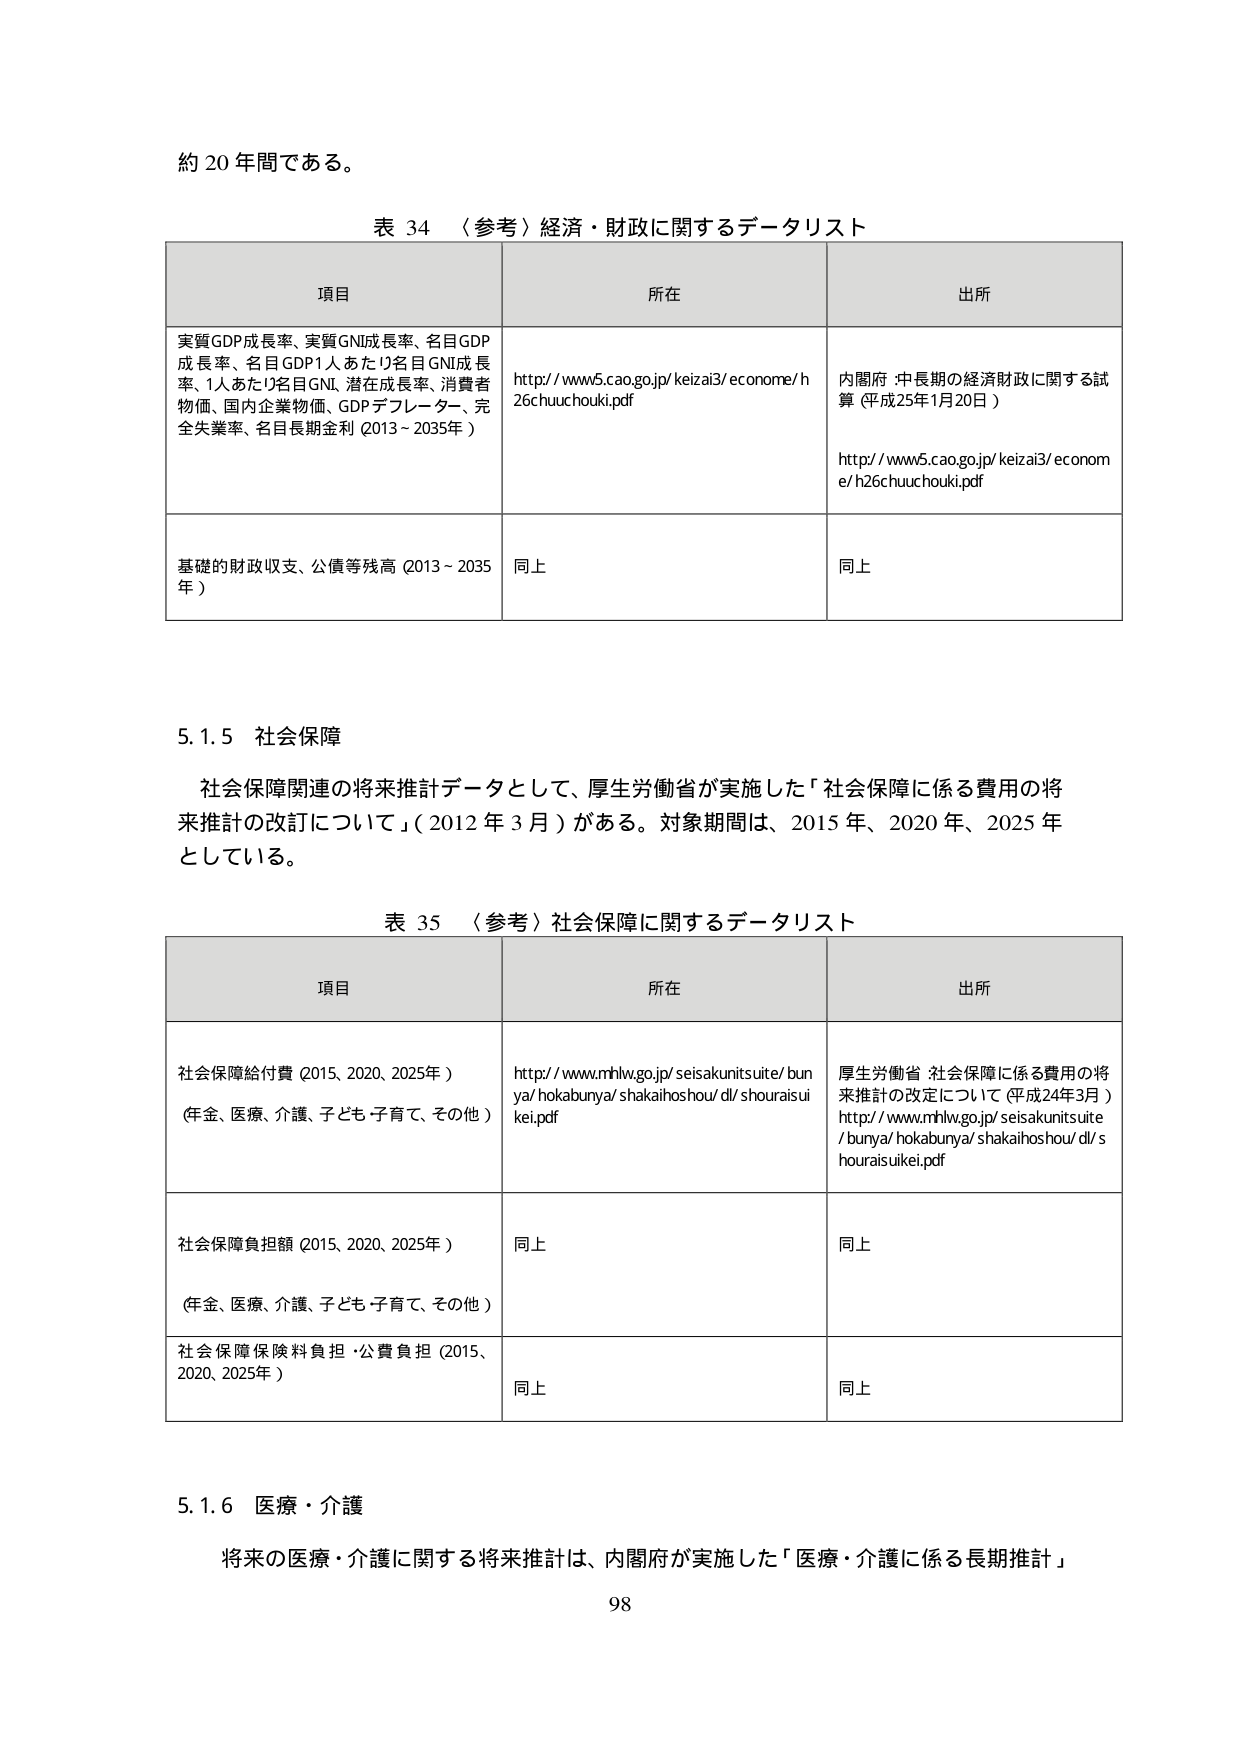
約 20 年間である。

表 34 （参考）経済・財政に関するデータリスト

項目 所在 出所

実質GDP成長率、実質GNI成長率、名目GDP 成長率、名目GDP1人あたり名目GNI成長 率、1人あたり名目GNI、潜在成長率、消費者 物価、国内企業物価、GDPデフレーター、完 全失業率、名目長期金利（2013～2035年）

http://www5.cao.go.jp/keizai3/econome/h 26chuuchouki.pdf

内閣府 中長期の経済財政に関する試 算（平成25年1月20日）

http://www5.cao.go.jp/keizai3/econome/h26chuuchouki.pdf

基礎的財政収支、公債等残高（2013～2035 年）

同上 同上

5.1.5 社会保障

社会保障関連の将来推計データとして、厚生労働省が実施した「社会保障に係る費用の将 来推計の改訂について」（2012年3月）がある。対象期間は、2015年、2020年、2025年 としている。

表 35 （参考）社会保障に関するデータリスト

項目 所在 出所

社会保障給付費（2015、2020、2025年） （年金、医療、介護、子ども・子育て、その他）

http://www.mhlw.go.jp/seisakunitsuite/bunya/hokabunya/shakaihoshou/dl/shouraisui kei.pdf

厚生労働省 社会保障に係る費用の将 来推計の改定について（平成24年3月） http://www.mhlw.go.jp/seisakunitsuite /bunya/hokabunya/shakaihoshou/dl/s houraisuikei.pdf

社会保障負担額（2015、2020、2025年） （年金、医療、介護、子ども・子育て、その他）

同上 同上

社会保障保険料負担・公費負担（2015、 2020、2025年）

同上 同上

5.1.6 医療・介護

将来の医療・介護に関する将来推計は、内閣府が実施した「医療・介護に係る長期推計」

98